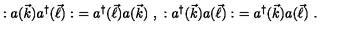
: a ( \vec { k } ) a ^ { \dagger } ( \vec { \ell } ) : \ = a ^ { \dagger } ( \vec { \ell } ) a ( \vec { k } ) \ , \ : a ^ { \dagger } ( \vec { k } ) a ( \vec { \ell } ) : \ = a ^ { \dagger } ( \vec { k } ) a ( \vec { \ell } ) \ .